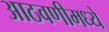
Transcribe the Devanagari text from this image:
आठवणीमध्ये